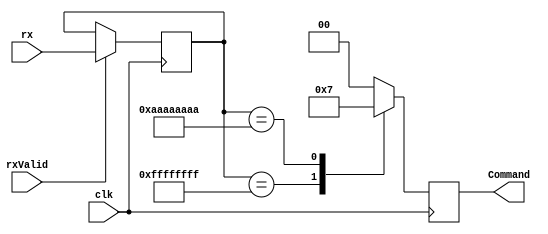
module Command(
	input wire clk,
	input wire [31:0] rx,
	output reg [1:0] Command,
	input wire rxValid
);

reg [31:0] rx_buffer = 32'bxxxxxxx;

always@ (posedge clk) begin
	if (rxValid) begin
		rx_buffer <= rx;
	end
end

/* 
 xx 11 11 xx
 xx 00 00 xx
 xx 11 00 xx
 xx 00 11 xx 
 */
 

 
always@ (posedge clk) begin
	case (rx_buffer)
		32'hFFFF_FFFF: Command <= 2'b01;
		32'hAAAA_AAAA: Command <= 2'b11;
		default: Command <= 2'b00;
	endcase

end

endmodule